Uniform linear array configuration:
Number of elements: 64
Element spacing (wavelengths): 1
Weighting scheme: uniform
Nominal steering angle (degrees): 15
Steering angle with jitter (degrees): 13.174
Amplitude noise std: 0.05
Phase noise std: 0.05

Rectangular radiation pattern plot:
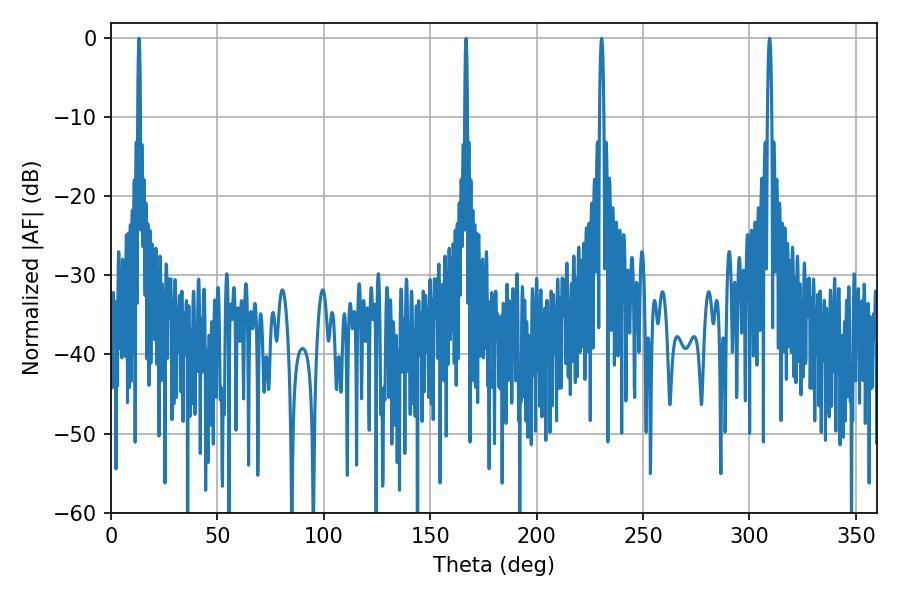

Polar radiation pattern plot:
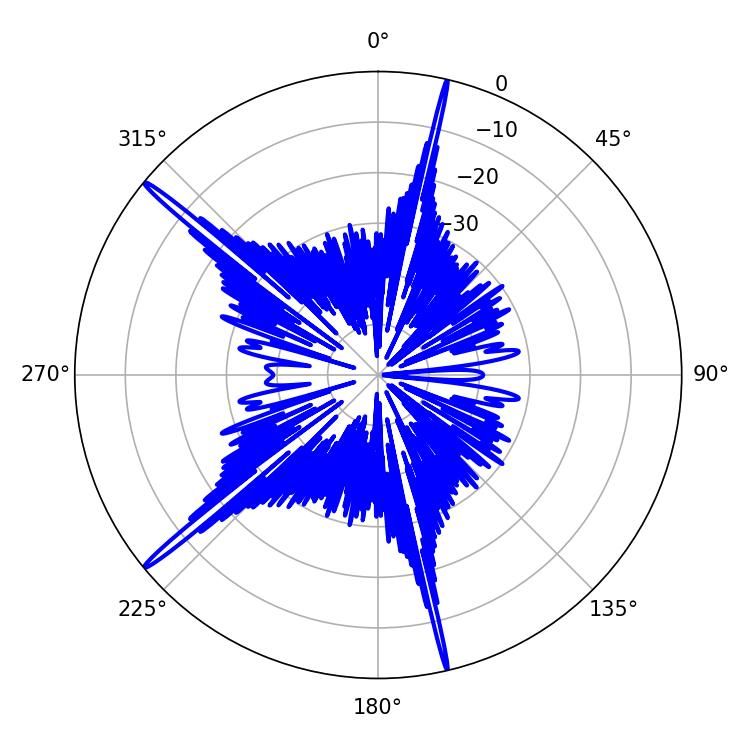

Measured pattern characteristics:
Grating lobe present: TRUE
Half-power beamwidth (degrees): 1.08
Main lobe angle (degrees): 309.42